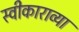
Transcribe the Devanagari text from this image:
स्वीकाराव्या